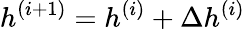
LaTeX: h^{(i+1)}=h^{(i)}+\Delta h^{(i)}